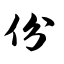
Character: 份